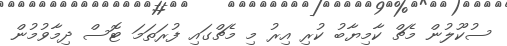
ސުކޫލުން މެޗް ކާމިޔާބު ކުރި އިރު މި މެޗްގައި ފުރަތަމަ ޓޮސް ދިމާވުމުން